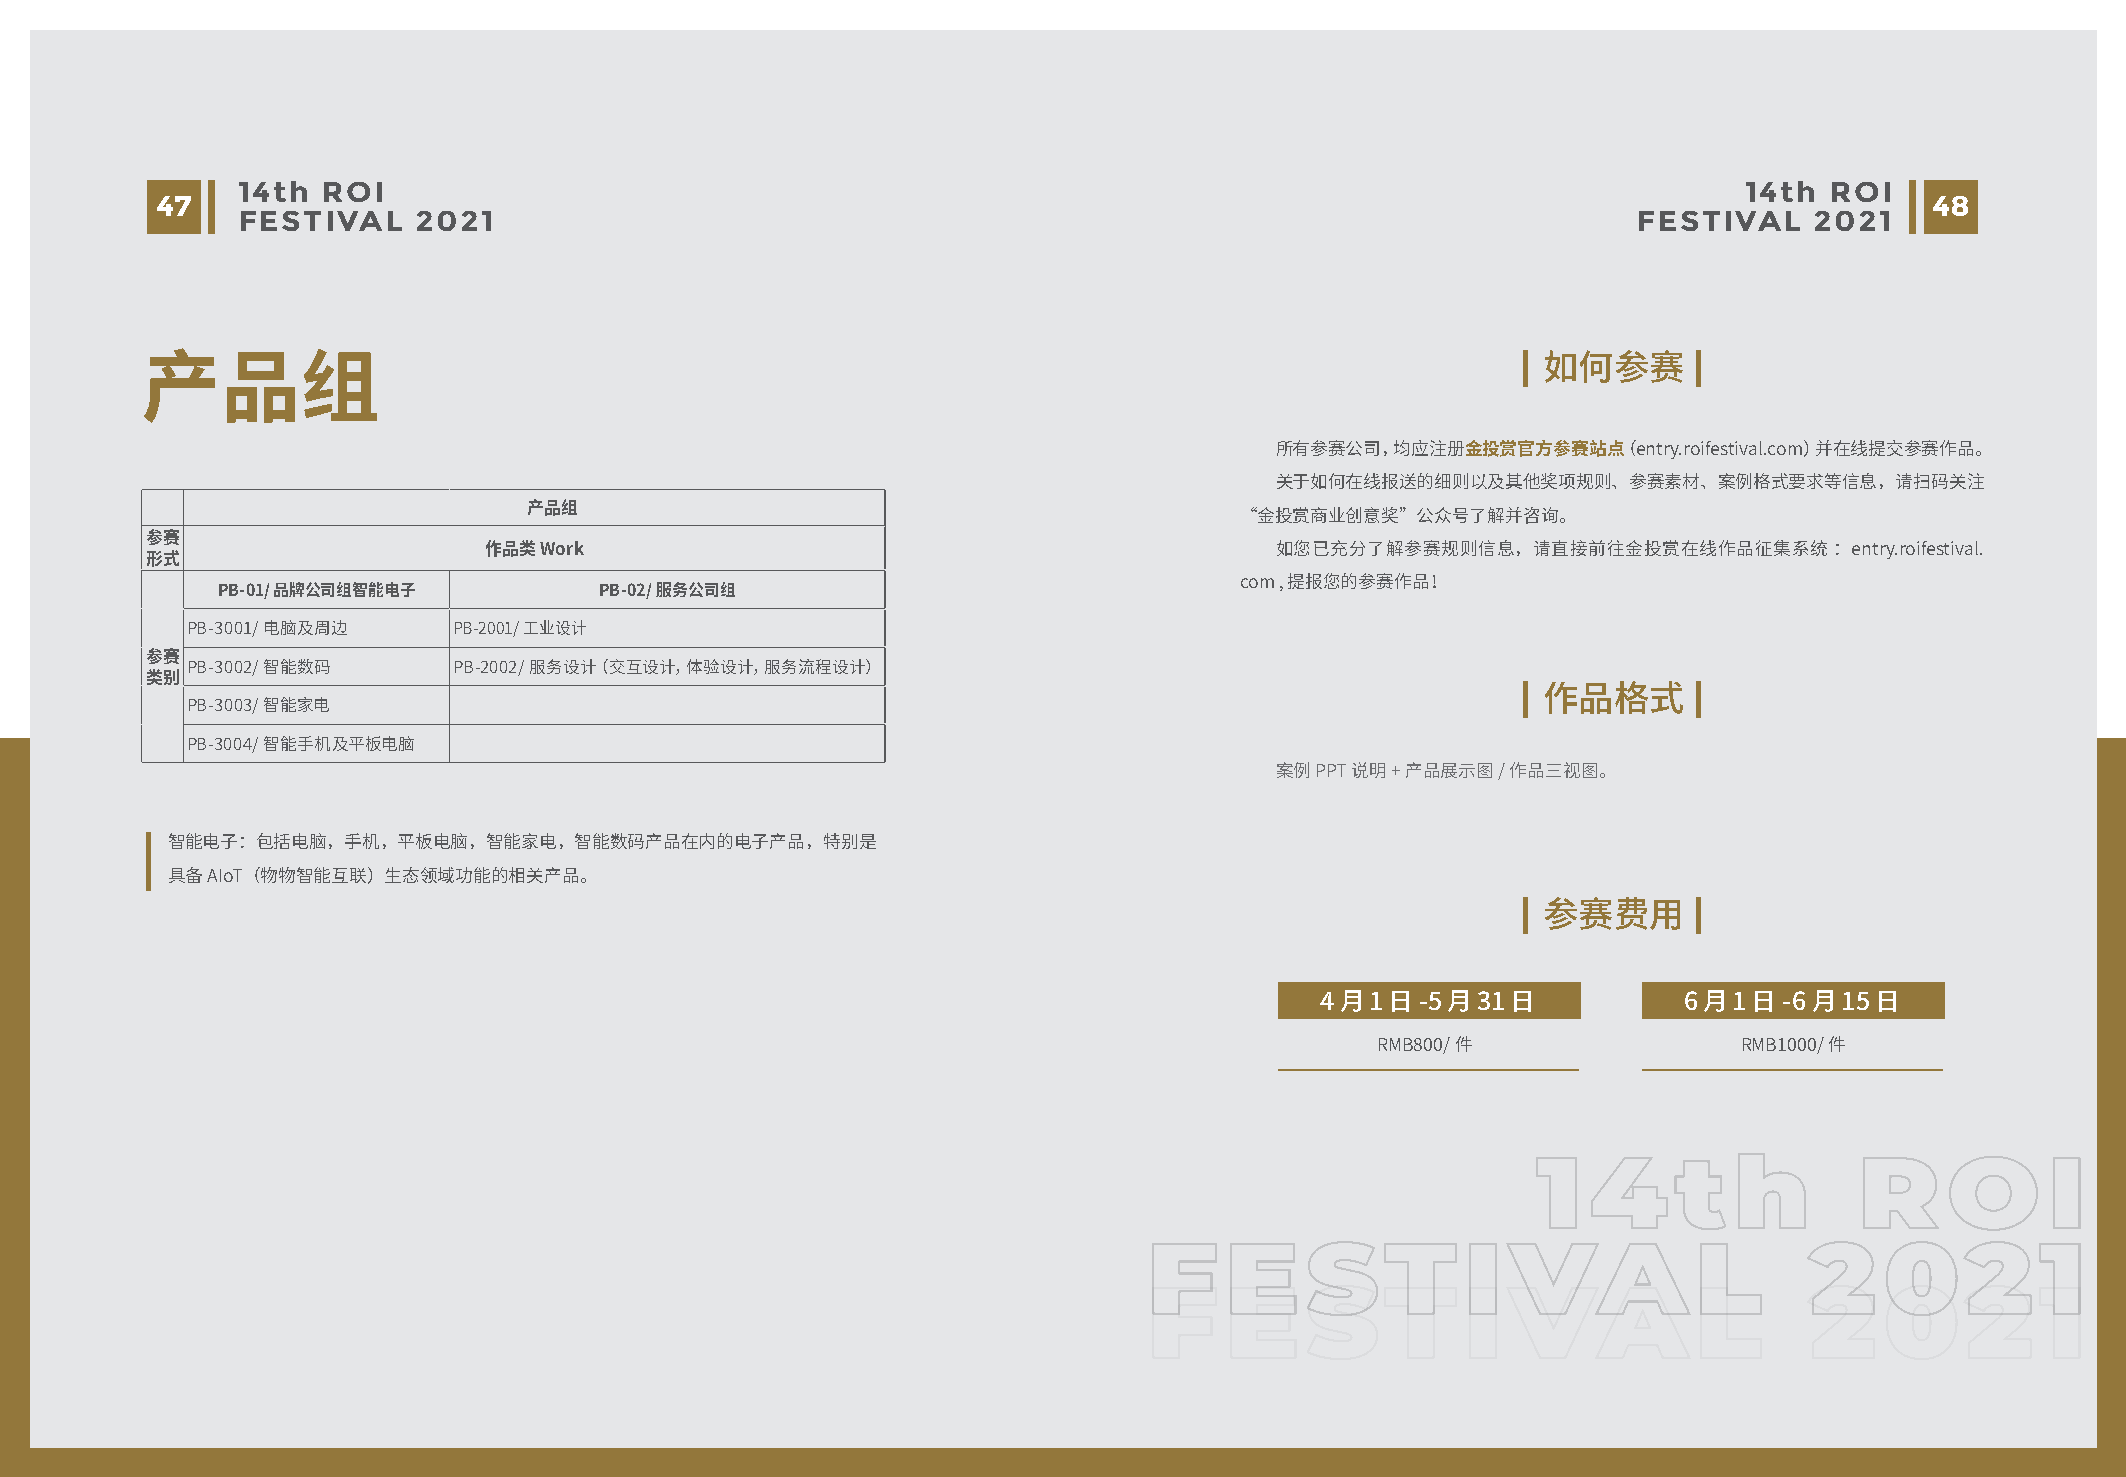
14th ROI                                                                                            14th ROI
 47                                                                                                                    48
 FESTIVAL   2021                                                                             FESTIVAL    2021
 如何参赛
 产品组
 所有参赛公司，均应注册金投赏官方参赛站点（entry.roifestival.com）并在线提交参赛作品。
 关于如何在线报送的细则以及其他奖项规则、参赛素材、案例格式要求等信息，请扫码关注
 产品组
 “金投赏商业创意奖”公众号了解并咨询。
 参赛
 作品类 Work                                            如您已充分了解参赛规则信息，请直接前往金投赏在线作品征集系统       ：entry.roifestival.
 形式
 com , 提报您的参赛作品！
 PB-01/品牌公司组智能电子           PB-02/服务公司组
 PB-3001/电脑及周边     PB-2001/工业设计
 参赛
 PB-3002/智能数码      PB-2002/服务设计（交互设计，体验设计，服务流程设计）
 类别
 PB-3003/智能家电                                                                              作品格式
 PB-3004/智能手机及平板电脑
 案例PPT说明+产品展示图/作品三视图。
 智能电子：包括电脑，手机，平板电脑，智能家电，智能数码产品在内的电子产品，特别是
 具备AIoT（物物智能互联）生态领域功能的相关产品。
 参赛费用
 4月1日-5月31日              6月1日-6月15日
 RMB800/件                RMB1000/件